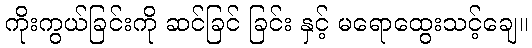
ကိုးကွယ်ခြင်းကို ဆင်ခြင် ခြင်း နှင့် မရောထွေးသင့်ချေ။